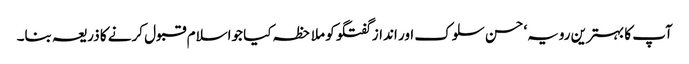
آپ کا بہترین رویہ‘ حسن سلوک اور انداز گفتگو کو ملاحظہ کیا جواسلام قبول کرنے کا ذریعہ بنا۔